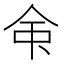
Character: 𫝇